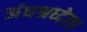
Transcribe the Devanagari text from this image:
अंधश्रध्देला